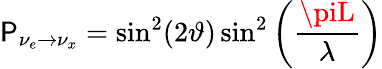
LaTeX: \mathsf{P}_{\nu_{e}\rightarrow\nu_{x}}=\sin^{2}(2\vartheta)\sin^{2}\left(\frac{{\piL}}{{\lambda}}\right)